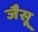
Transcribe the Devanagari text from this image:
जैसू